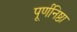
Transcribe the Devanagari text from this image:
पूर्णनिष्ठा